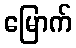
မြောက်